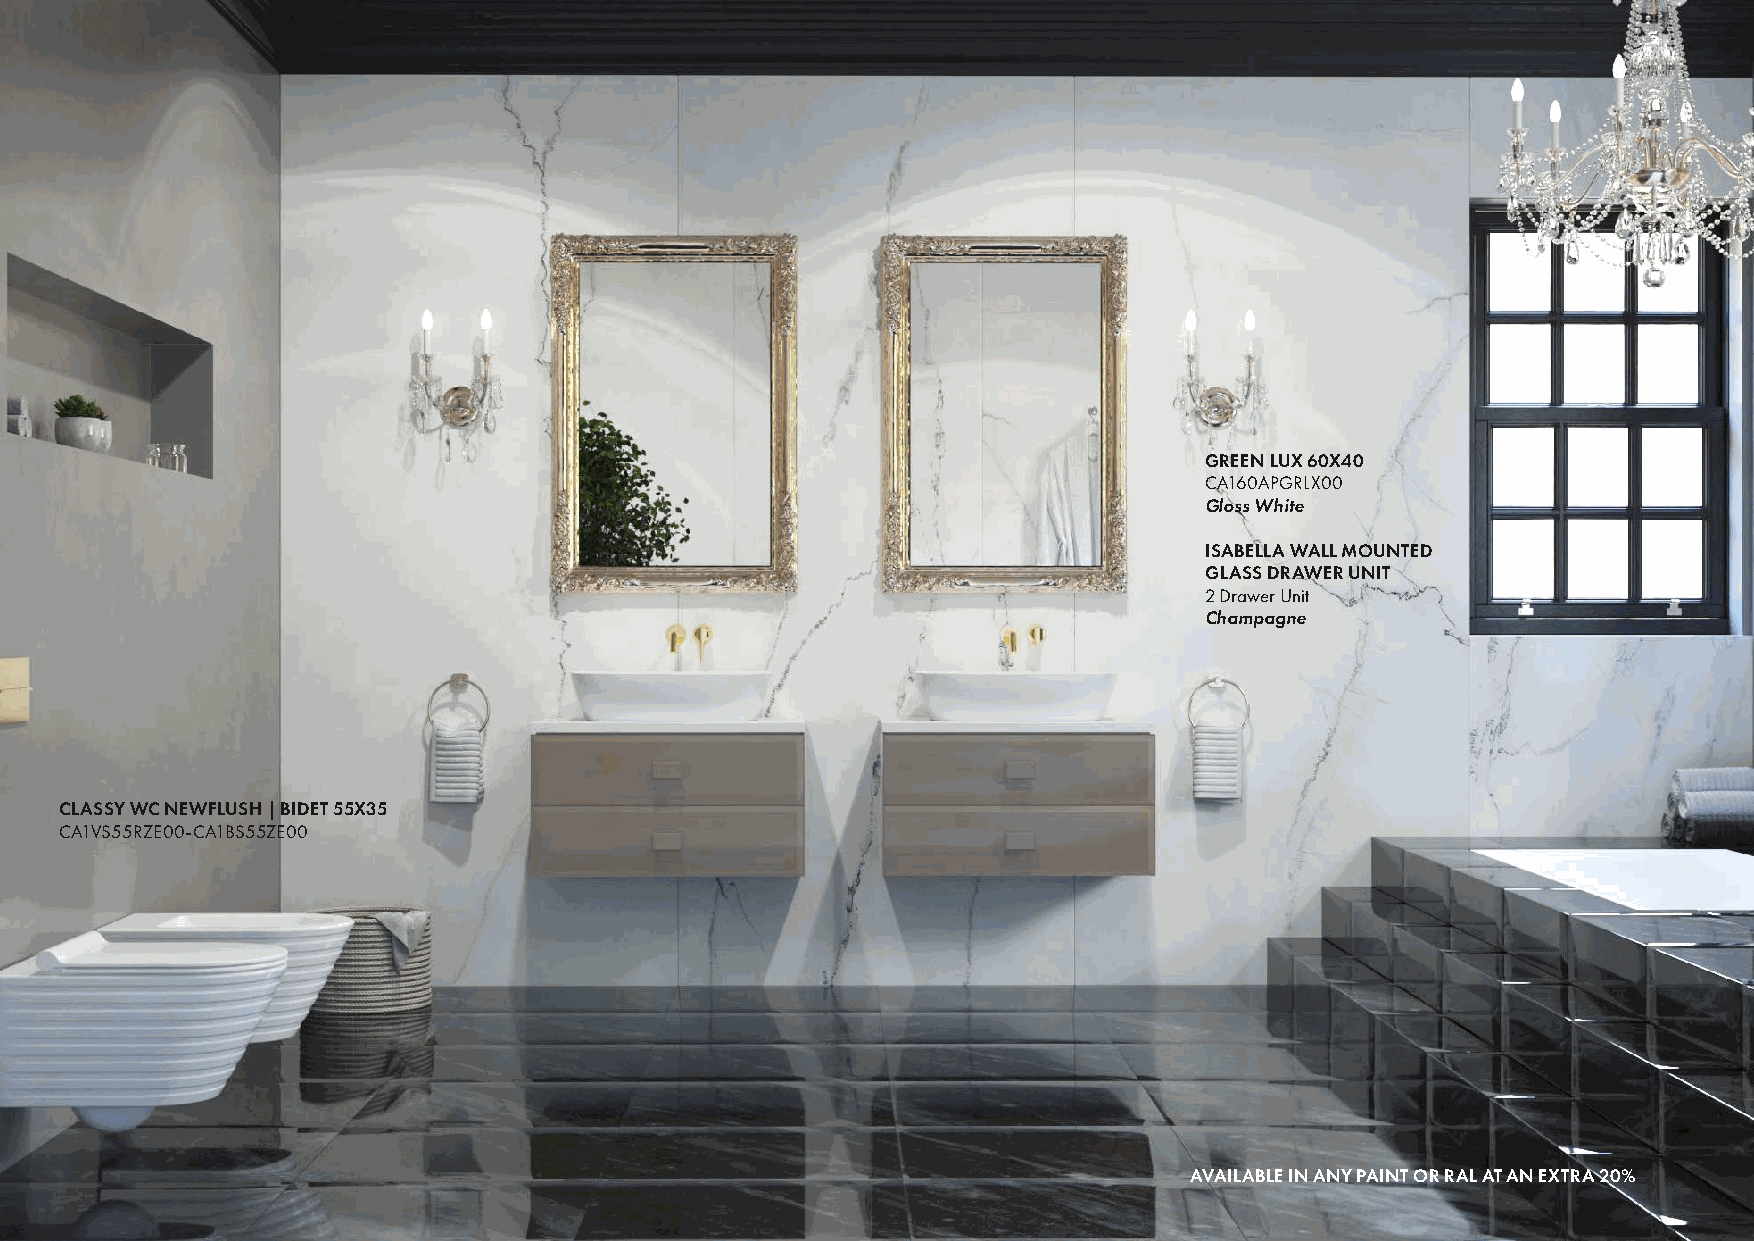
74
 GREEN LUX 60X40
 CA160APGRLX00
 Gloss White
 ISABELLA WALL MOUNTED
 GLASS DRAWER UNIT
 2 Drawer Unit
 Champagne
 CLASSY WC NEWFLUSH | BIDET 55X35
 CA1VS55RZE00-CA1BS55ZE00
 AVAILABLE IN ANY PAINT OR RAL AT AN EXTRA 20%